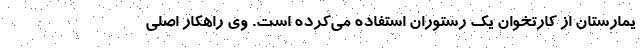
یمارستان از کارتخوان یک رستوران استفاده می‌کرده است. وی راهکار اصلی